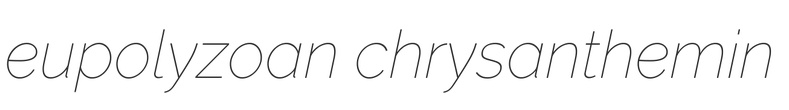
eupolyzoan chrysanthemin